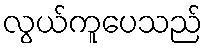
လွယ်ကူပေသည်